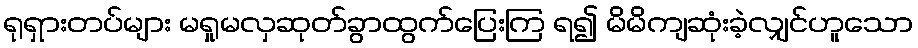
ရုရှားတပ်များ မရှုမလှဆုတ်ခွာထွက်ပြေးကြ ရ၍ မိမိကျဆုံးခဲ့လျှင်ဟူသော